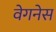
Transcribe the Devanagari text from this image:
वेगनेस